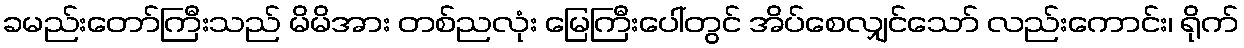
ခမည်းတော်ကြီးသည် မိမိအား တစ်ညလုံး မြေကြီးပေါ်တွင် အိပ်စေလျှင်သော် လည်းကောင်း၊ ရိုက်